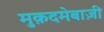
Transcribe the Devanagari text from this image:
मुक़दमेबाज़ी